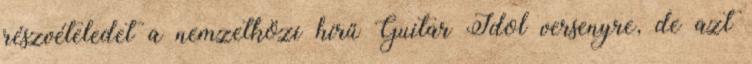
részvételedet a nemzetközi hírű Guitar Idol versenyre, de azt